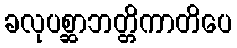
ခလုပစ္ဆာဘတ္တိကာတိပေ